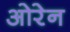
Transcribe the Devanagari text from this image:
ओरेन